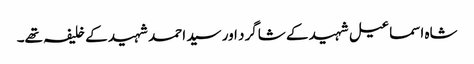
شاہ اسماعیل شہید کے شاگرد اور سید احمد شہید کے خلیفہ تھے۔